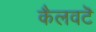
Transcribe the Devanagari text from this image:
कैलवटॆ